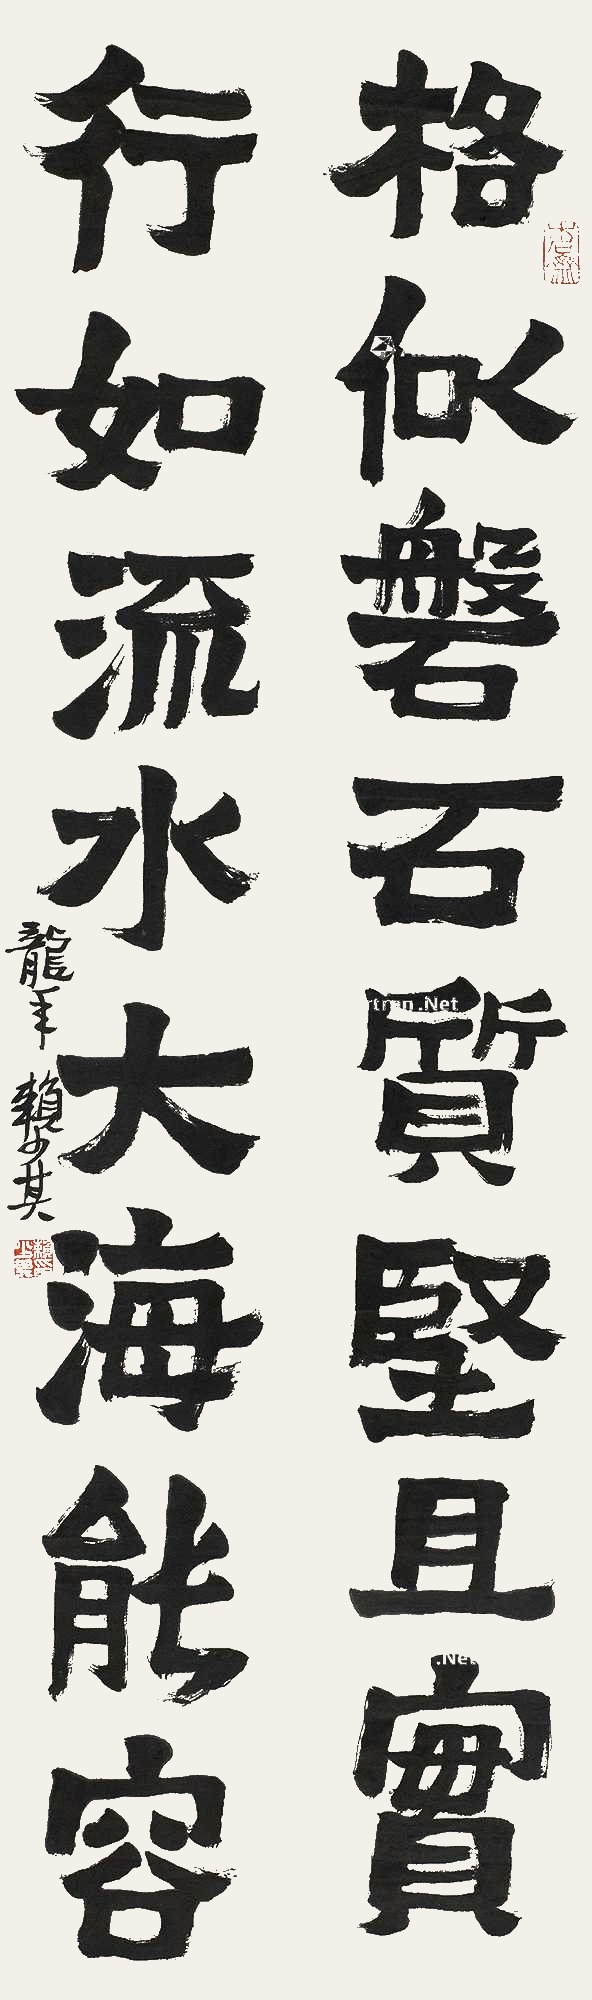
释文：格似盘石质坚且实，行如流水大海能容。龙年，赖少其。